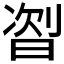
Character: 𬁦